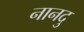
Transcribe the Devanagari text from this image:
नानदु